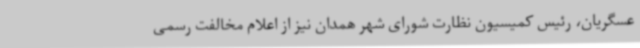
عسگریان، رئیس کمیسیون نظارت شورای شهر همدان نیز از اعلام مخالفت رسمی